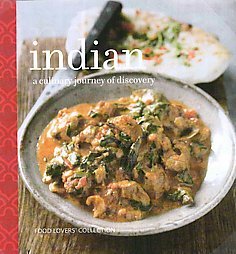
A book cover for Indian: A Culinary Journey of Discovery; Mirdula Baljekar; Cookbooks, Food & Wine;